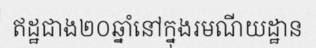
ឥដ្ឋជាង២០ឆ្នាំនៅក្នុងរមណីយដ្ឋាន